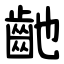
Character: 䶔